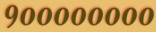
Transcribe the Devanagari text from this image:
१००००००००